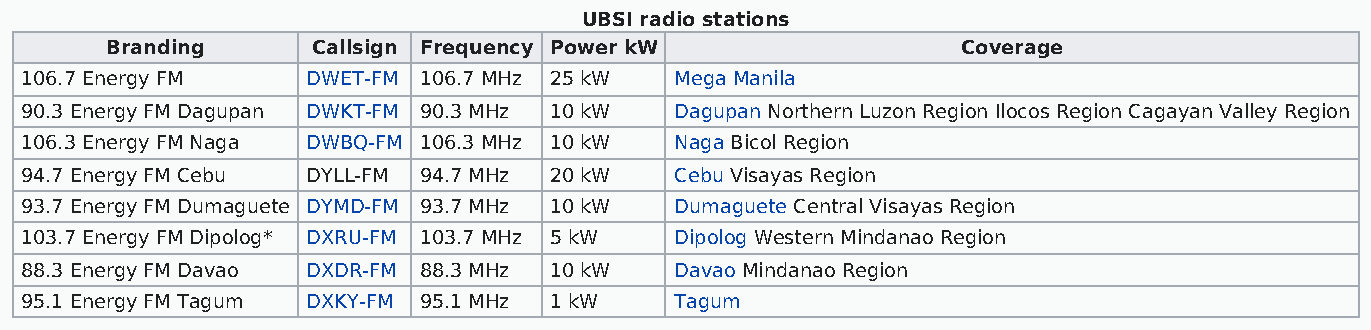
UBSI radio stations
 Branding      Callsign Frequency Power kW                Coverage
 106.7 Energy FM    DWET-FM 106.7 MHz 25 kW  Mega Manila
 90.3 Energy FM Dagupan DWKT-FM 90.3 MHz 10 kW Dagupan Northern Luzon Region Ilocos Region Cagayan Valley Region
 106.3 Energy FM Naga DWBQ-FM 106.3 MHz 10 kW Naga Bicol Region
 94.7 Energy FM Cebu DYLL-FM 94.7 MHz 20 kW  Cebu Visayas Region
 93.7 Energy FM Dumaguete DYMD-FM 93.7 MHz 10 kW Dumaguete Central Visayas Region
 103.7 Energy FM Dipolog* DXRU-FM 103.7 MHz 5 kW Dipolog Western Mindanao Region
 88.3 Energy FM Davao DXDR-FM 88.3 MHz 10 kW Davao Mindanao Region
 95.1 Energy FM Tagum DXKY-FM 95.1 MHz 1 kW  Tagum